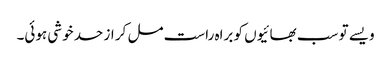
ویسے تو سب بھائیوں کو براہ راست مل کر از حد خوشی ہوئی۔